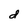
Character: d